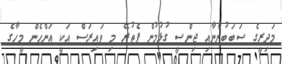
މަދިރީގެ ސަބަބުންނާއި ޖިންސީ ގުޅުމުން ފެތުރޭ މި ވައިރަސް އަކީ އަންހެން މީހާގެ